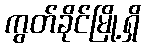
ကွတ်ခိုင်မြို့ရှိ